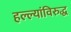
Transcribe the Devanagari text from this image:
हल्ल्यांविरुद्ध